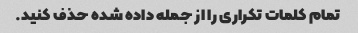
تمام کلمات تکراری را از جمله داده شده حذف کنید.